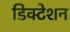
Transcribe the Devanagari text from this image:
डिक्‍टेशन